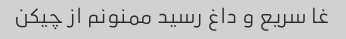
غا سریع و داغ رسید ممنونم از چیکن